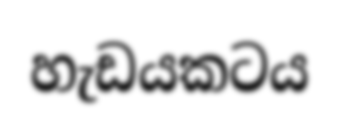
හැඩයකටය